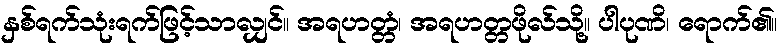
နှစ်ရက်သုံးရက်ဖြင့်သာလျှင်။ အရဟတ္တံ၊ အရဟတ္တဖိုလ်သို့။ ပါပုဏိ၊ ရောက်၏။